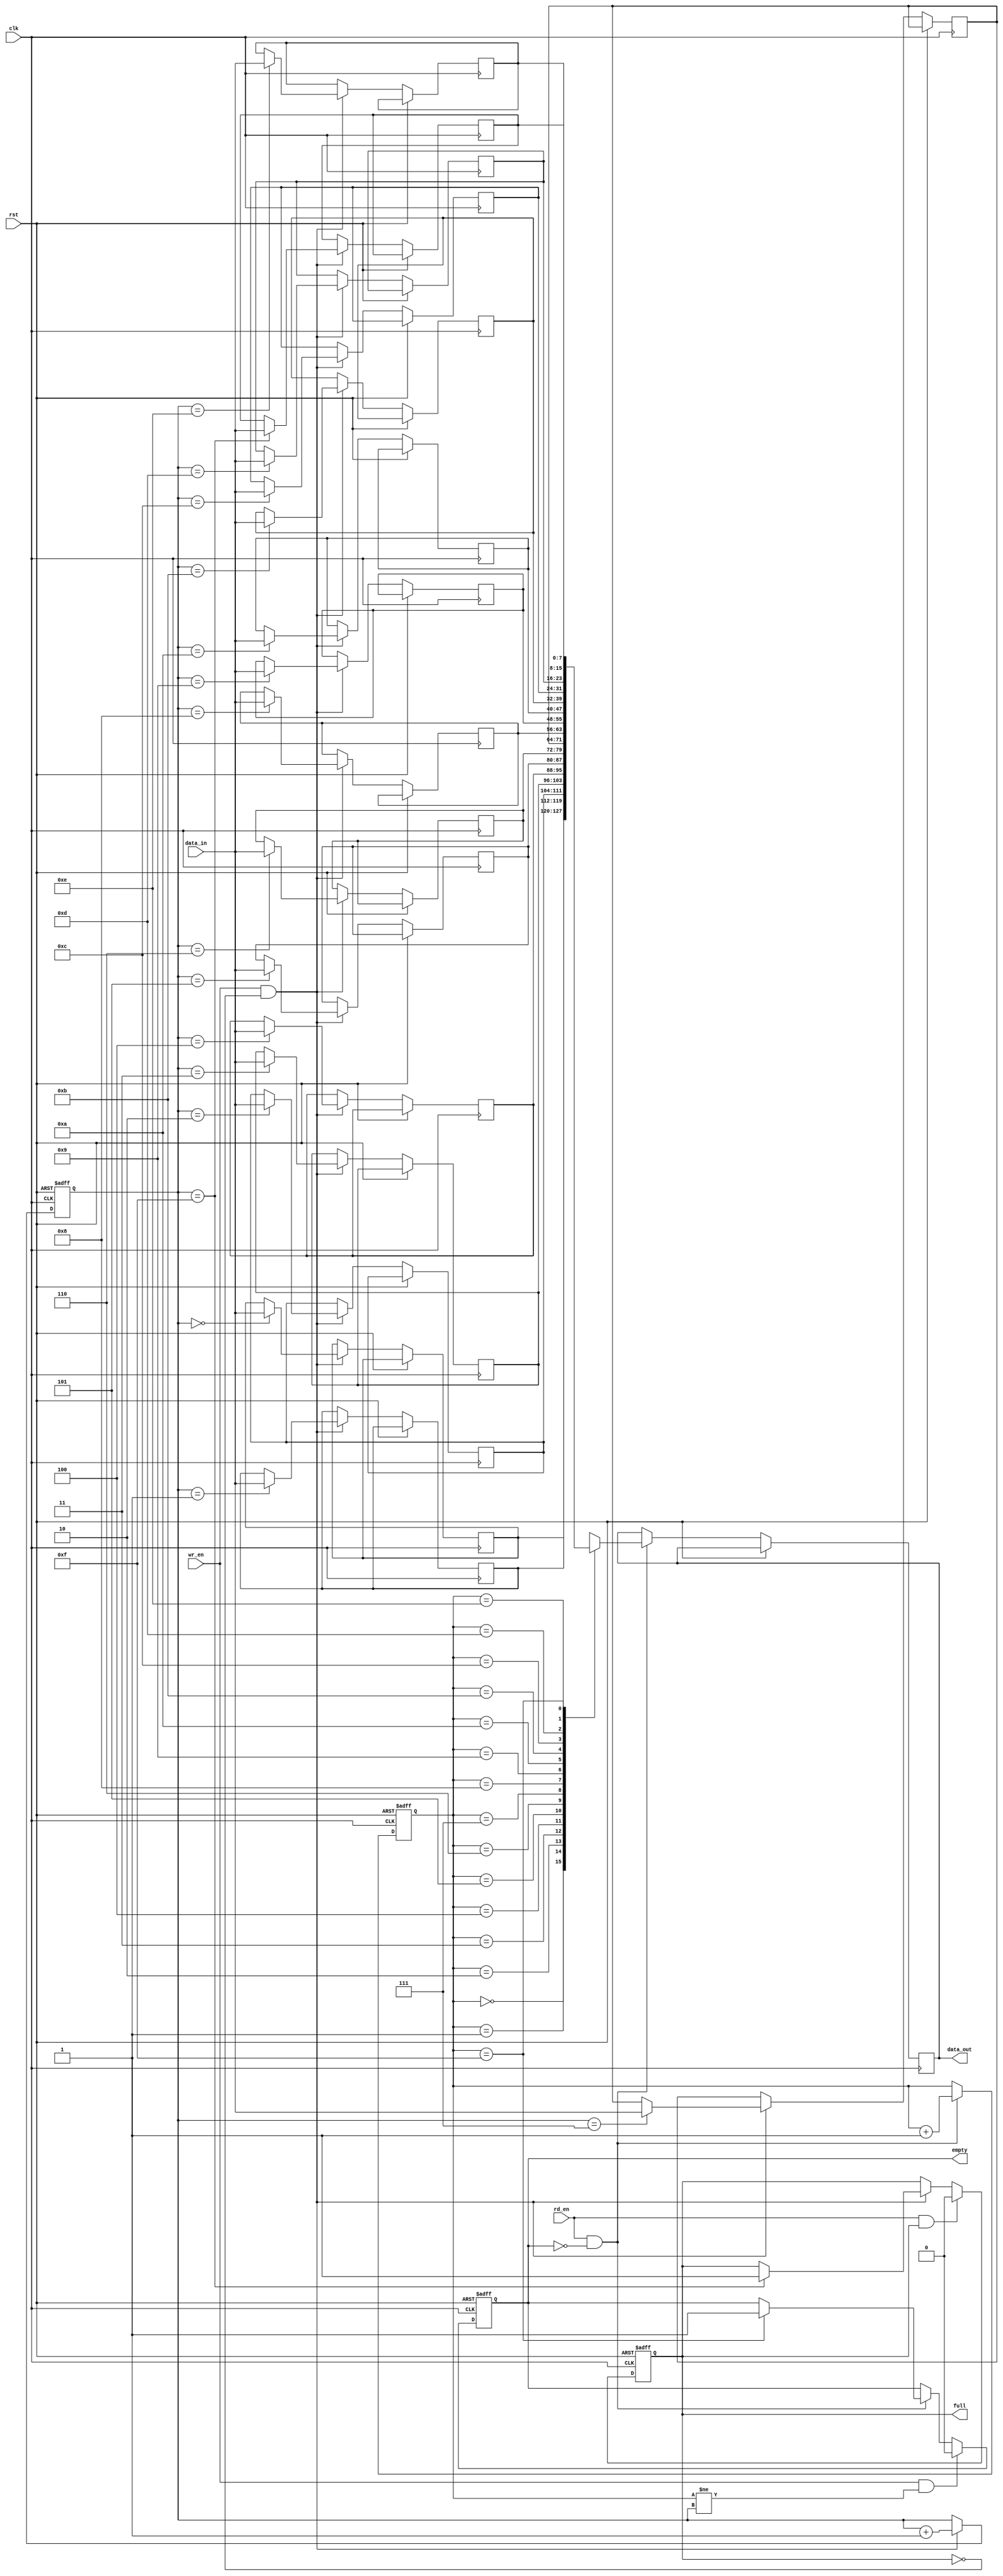
module fifo(
    input wire clk,
    input wire rst,
    input wire wr_en,
    input wire rd_en,
    input wire [7:0] data_in,
    output reg [7:0] data_out,
    output reg empty,
    output reg full
);

parameter DEPTH = 16; // Define FIFO depth

reg [7:0] memory [0:DEPTH-1]; // Define memory array to store data
reg [3:0] write_ptr = 0; // Write pointer to track next write location
reg [3:0] read_ptr = 0; // Read pointer to track next read location

always @(posedge clk or posedge rst) begin
    if (rst) begin
        write_ptr <= 0;
        read_ptr <= 0;
        empty <= 1;
        full <= 0;
    end else begin
        if (wr_en && !full) begin
            memory[write_ptr] <= data_in;
            write_ptr <= write_ptr + 1;
            if (write_ptr == DEPTH - 1) begin
                full <= 1;
            end
        end
        if (rd_en && !empty) begin
            data_out <= memory[read_ptr];
            read_ptr <= read_ptr + 1;
            if (read_ptr == DEPTH - 1) begin
                empty <= 1;
            end
        end
        if (wr_en && read_ptr != write_ptr) begin
            empty <= 0;
        end
        if (rd_en && full) begin
            full <= 0;
        end
    end
end

endmodule